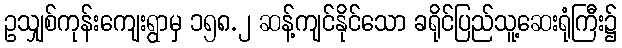
ဥသျှစ်ကုန်းကျေးရွာမှ ၁၅၈.၂ ဆန့်ကျင်နိုင်သော ခရိုင်ပြည်သူ့ဆေးရုံကြီး၌